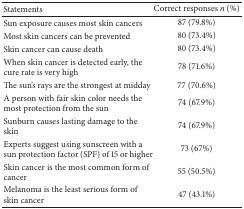
<table><thead><tr><td><b>Statements</b></td><td><b>Correct responses <i>n</i> (%)</b></td></tr></thead><tbody><tr><td>Sun exposure causes most skin cancers </td><td>87 (79.8%)</td></tr><tr><td>Most skin cancers can be prevented </td><td>80 (73.4%)</td></tr><tr><td>Skin cancer can cause death </td><td>80 (73.4%)</td></tr><tr><td>When skin cancer is detected early, the cure rate is very high </td><td>78 (71.6%)</td></tr><tr><td>The sun&#x27;s rays are the strongest at midday </td><td>77 (70.6%)</td></tr><tr><td>A person with fair skin color needs the most protection from the sun </td><td>74 (67.9%)</td></tr><tr><td>Sunburn causes lasting damage to the skin</td><td>74 (67.9%)</td></tr><tr><td>Experts suggest using sunscreen with a sun protection factor (SPF) of 15 or higher </td><td>73 (67%)</td></tr><tr><td>Skin cancer is the most common form of cancer </td><td>55 (50.5%)</td></tr><tr><td>Melanoma is the least serious form of skin cancer </td><td>47 (43.1%)</td></tr></tbody></table>